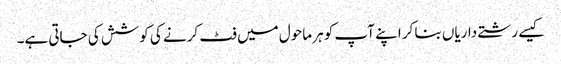
کیسے رشتے داریاں بنا کر اپنے آپ کو ہر ماحول میں فٹ کرنے کی کوشش کی جاتی ہے۔